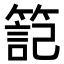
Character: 𥱬